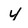
Character: 4